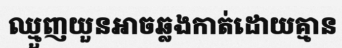
ឈ្មួញយួនអាចឆ្លងកាត់ដោយគ្មាន